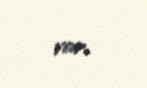
var.